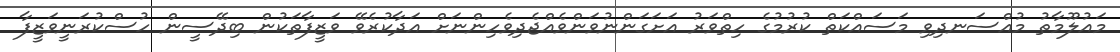
މައުލޫމާތު މުއްސަނދިވި މަސައްކަތް ކުރުމުގެ ހިތްވަރު އަށަގަންނުވަންވެއްޖެދިވެހިންނަށް އަދާކުރެވޭ ވަޒީފާތަކުން ބިދޭސީން ހުސްކުރަނީވަޒީފާ